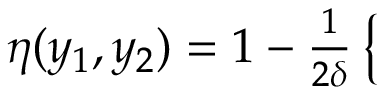
\begin{array} { r } { \eta ( y _ { 1 } , y _ { 2 } ) = 1 - \frac { 1 } { 2 \delta } \left\{ \begin{array} { l l } { \begin{array} { r l r l r l } \end{array} } \end{array} \right. } \end{array}